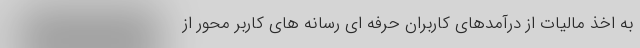
به اخذ مالیات از درآمدهای کاربران حرفه ای رسانه های کاربر محور از